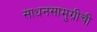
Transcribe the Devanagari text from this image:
साधनसामुग्रीची